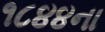
૧૮૪૪ના